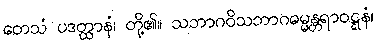
တေသံ ပဒတ္ထာနံ၊ တို့၏။ သဘာဂဝိသဘာဂဓမ္မန္တရာဝဋ္ဋနံ၊